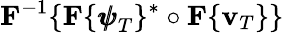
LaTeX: {\mathbf F}^{-1}\{ {\mathbf F}\{ {\pmb{\psi}}_{T}\} ^{*}\circ{\mathbf F}\{ {\mathbf v}_{T}\} \}